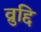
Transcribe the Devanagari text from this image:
व्रुद्दि